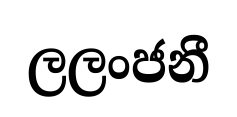
ලලංජනී